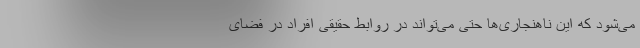
می‌شود که این ناهنجاری‌ها حتی می‌تواند در روابط حقیقی افراد در فضای